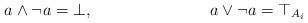
LaTeX: \begin{align*}a \wedge \neg a = \bot, &&a \vee \neg a = \top_{A_i}\end{align*}